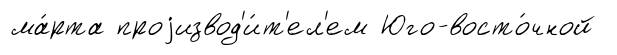
ма́рта проjизвод'и́т'ел'ем Юго-восто́чной